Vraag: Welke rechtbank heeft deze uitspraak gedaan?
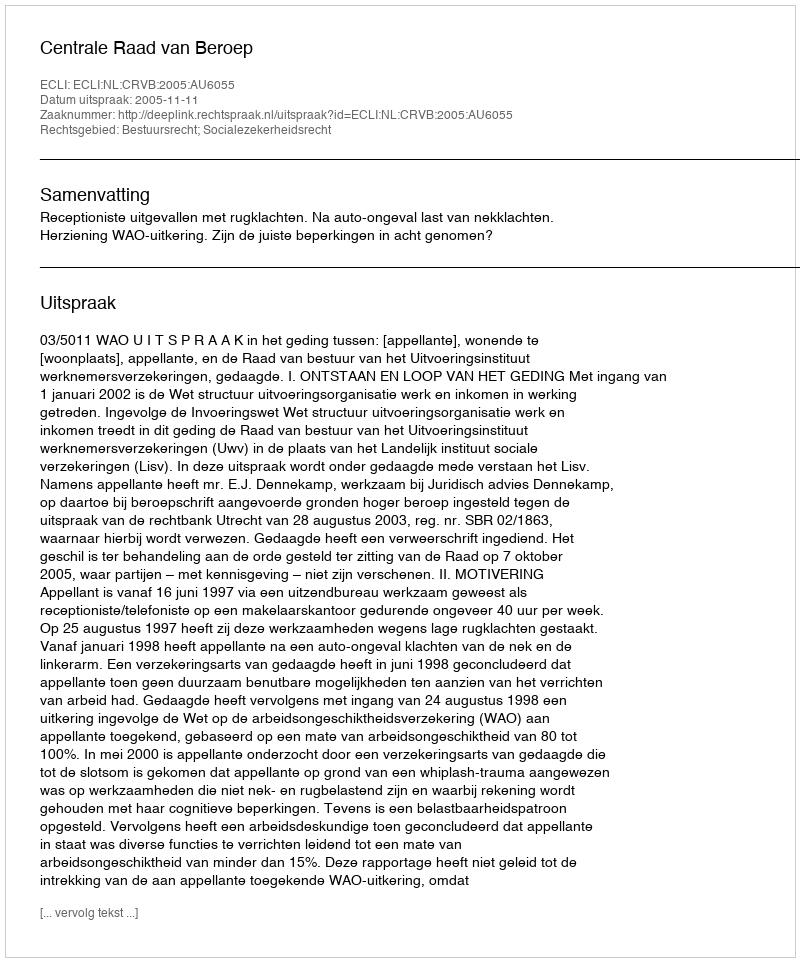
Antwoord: Centrale Raad van Beroep